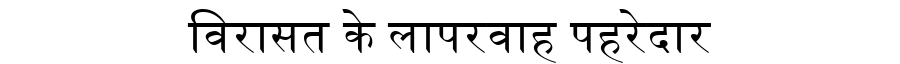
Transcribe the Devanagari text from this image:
विरासत के लापरवाह पहरेदार